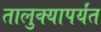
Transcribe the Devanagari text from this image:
तालुक्यापर्यंत